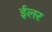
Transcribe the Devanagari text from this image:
ईलर